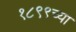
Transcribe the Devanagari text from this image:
१८९९च्या